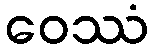
ဝေဿံ